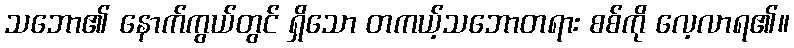
သဘော၏ နောက်ကွယ်တွင် ရှိသော တကယ့်သဘောတရား စစ်ကို လေ့လာရ၏။